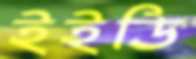
ইইডি